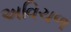
અવિચળ